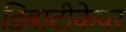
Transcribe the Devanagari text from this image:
डिबाटीकेयर